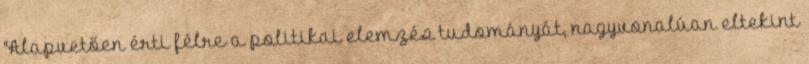
"Alapvetően érti félre a politikai elemzés tudományát, nagyvonalúan eltekint